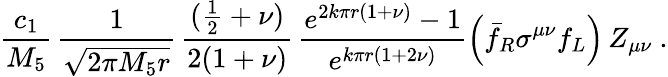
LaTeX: \frac{c_{1}}{M_{5}}\, \frac{1}{\sqrt{2\pi M_{5}r}}\, \frac{(\frac{1}{2}+\nu)}{2(1+\nu)}\, \frac{e^{2k\pi r(1+\nu)}-1}{e^{k\pi r(1+2\nu)}}\left(\bar{f}_{R}\sigma^{\mu\nu}f_{L}\right)\, Z_{\mu\nu}~.